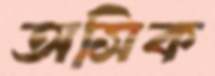
অসিক